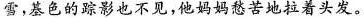
雪，基色的踪影也不见，他妈妈愁苦地拉着头发。